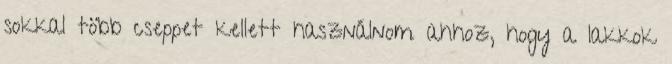
sokkal több cseppet kellett használnom ahhoz, hogy a lakkok